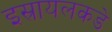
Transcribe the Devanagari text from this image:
इस्रायलकडे